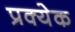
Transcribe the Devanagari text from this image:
प्रक्येक